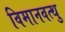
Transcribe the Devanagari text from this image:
विमानवत्थु